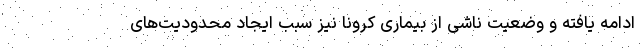
ادامه یافته و وضعیت ناشی از بیماری کرونا نیز سبب ایجاد محدودیت‌های